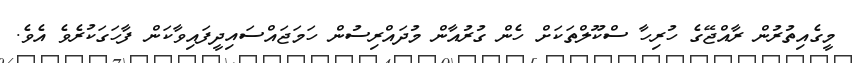
މީގެއިތުރުން ރާއްޖޭގެ ހުރިހާ ސްކޫލްތަކަށް ހެން ގުރުއާން މުދައްރިސުން ހަމަޖައްސައިދީފައިވާކަން ފާހަގަކުރެވެ އެވެ.